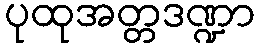
ပုထုအတ္တဒဏ္ဍာ